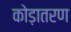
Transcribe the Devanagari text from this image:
कोड़ातरण